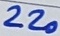
Text: 220